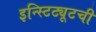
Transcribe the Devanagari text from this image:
इन्स्टिट्यूटची